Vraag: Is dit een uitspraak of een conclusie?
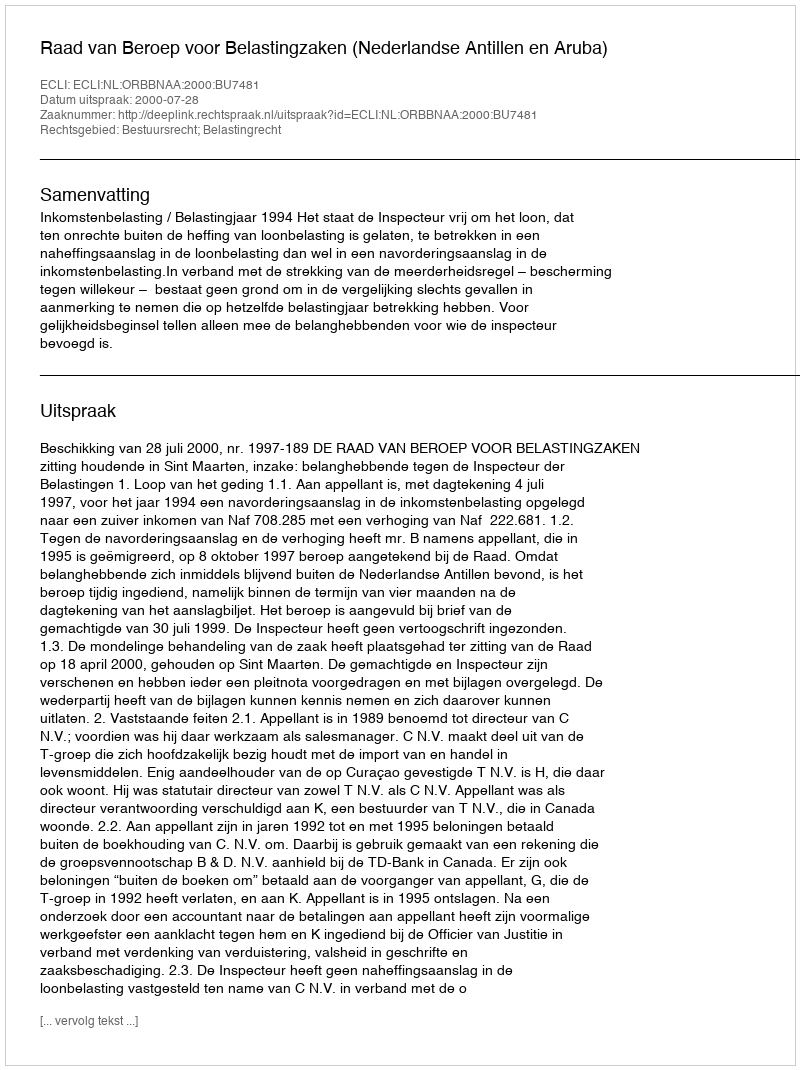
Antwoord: Uitspraak